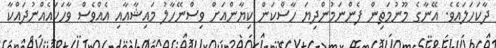
ދާކަހަލައެވެ. އޭނާގެ މޫނުމަތިން ފެންނަމުންދިޔަ ހާސްކަން ކިޔާންއަށް ވިސްނޭހާލު މައިޝާއާއި އެއްވެސް ވާހަކައެއްނުދައްކާ